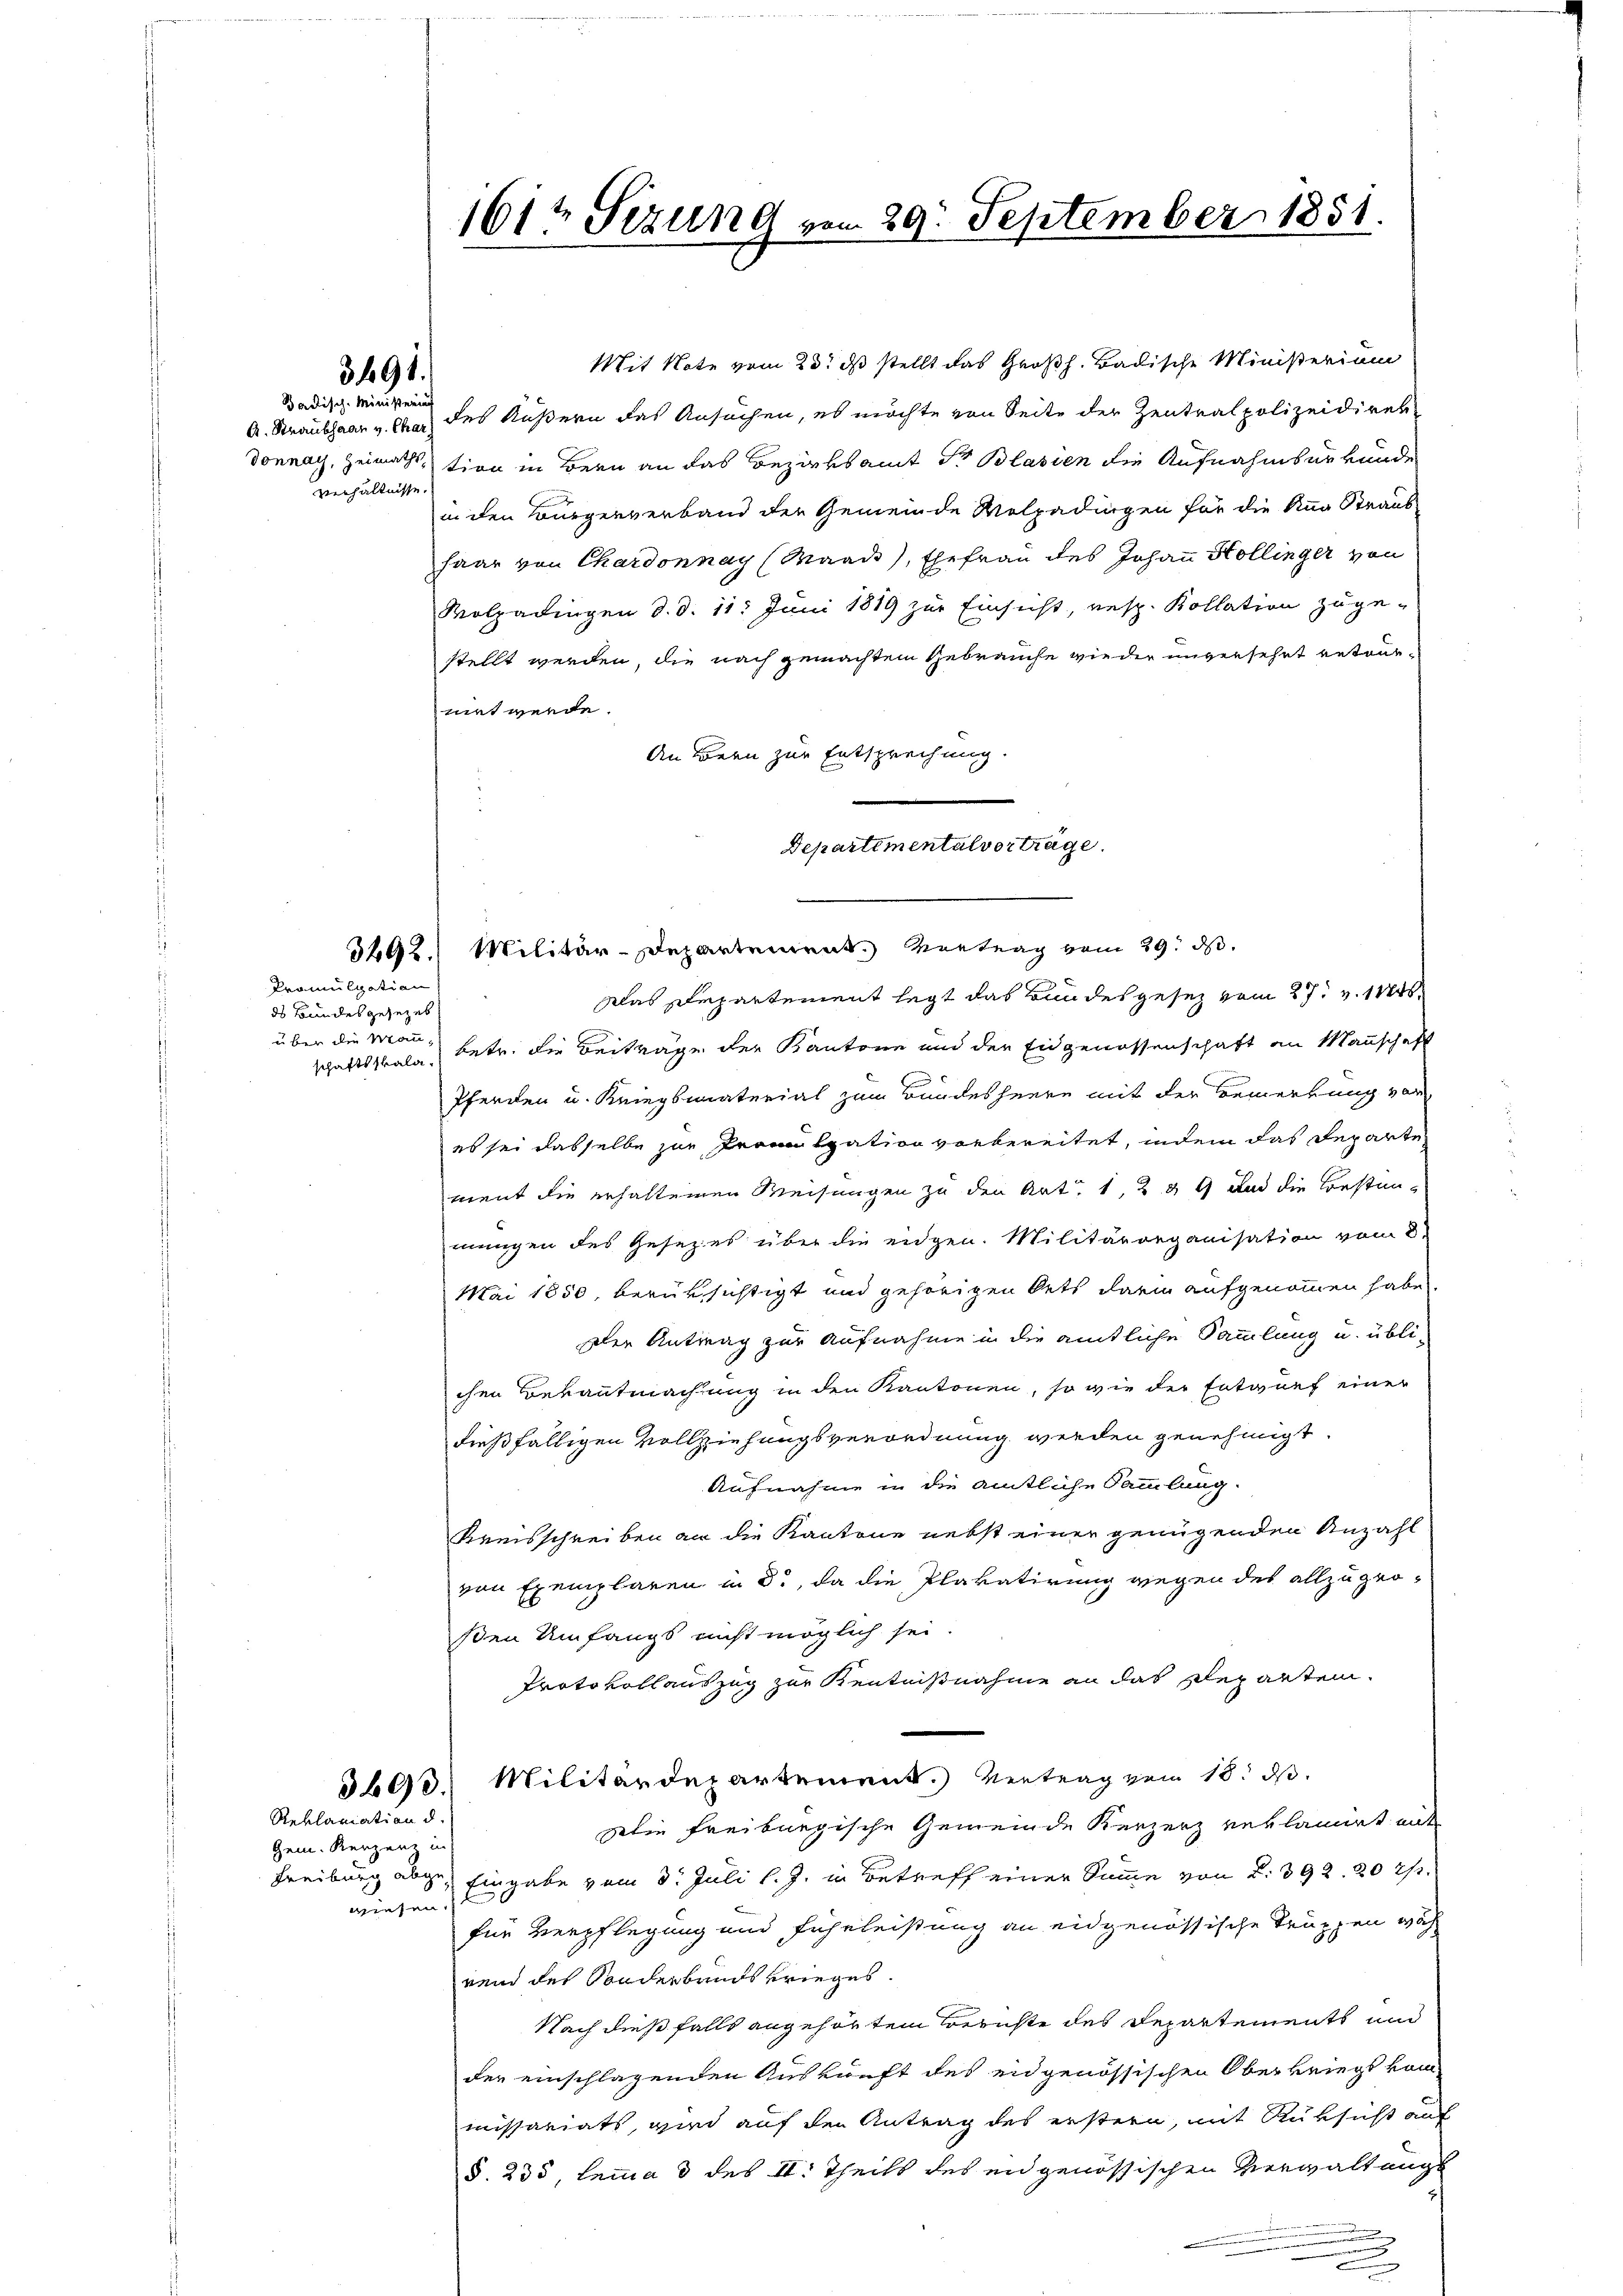
3491.

Badisch-Ministeria
verhältnisse.

Promulgation
ds Bundesgesezes
schaftsskala¬

Gem. Kenzenz in
wiesen.

Reklamation d.

161t Sizung vom 29. September 1851.

Mit Note vom 23. ds stellt das Großh. Badische Ministerium
A. Straubhaar v. Char des Äußern das Ansuchen, es möchte von Seite der Zentralpolizeidiret
Donnay, Heimaths, tion in Bern an das Bezirksamt Dr Blasien die Aufnahmsurkunde
in den Bürgerverband der Gemeinde Volpadingen für die Anna Straus
haar von Chardonnay (Waadt, Ehefrau des Johann Hollinger von
Wolgadingen d. d. 11. Juni 1819 zur Einsicht, resp. Kollation zuge-
stellt werden, die nach gemachtem Gebrauche wieder unversehet retournirt werde.
An Bern zur Entsprechung.
Departimentalverträge.

3292. Militär-Departement. Vertrag vom 29. ds.
klas Departement legt das Bundesgesez vom 27. v. 1820.
über die Mann, betr. die Beiträge der Kantone und der Eidgenossenschaft an Mannschaft
Pferden u. Kriegsmaterial zum Bundesheere mit der Bemerkung vor
es sei dasselbe zur Promulgation vorbereitet, indem das Reparte
ment die erhaltenen Weisungen zu den Art. 1, 2 § 9 und die Constanmungen des Gesezes über die eidgen. Militärorganisation vom 8
Mai 1850, berüksichtigt und gehörigen Oets darin aufgenommen habe.
Der Antrag zur Aufnahme in die amtliche Sammlung u. übli-
chen Bekanntmachung in den Kantonen, so wie der Entwurf einer
dießfälligen Vollziehungsverordnung werden genehmigt.
Aufnahme in die amtliche Sammlung.
Kreisschreiben an die Kantone nebst einer genügenden Anzahl
von Exemplaren in d., da die Plakatirung wegen des allzugroßen Umfangs nicht möglich sei.
Protokollauszug zur Kenntnißnahme an das Reparten.
3600. Militärdepartement. Vertrag vom 18. d.
Die Freiburgische Gemeinde Kerzerz reklamirt aus
Freiburg abge Eingabe vom 3. Juli l. J. in Betreff einer Summe von 2. 392. 20 Th
für Verpflegung und Fuhrleistung an eidgenössische Truppen wäh
rend des Sonderbands krieges.
Nach dießfalls angehörten Berichte des Departements und
der einschlagenden Auskunft des eidgenössischen Oberkriegskom-
missariats, wird auf den Antrag des erstern, mit Rüksicht auf
§. 235 lemma 3 des II. Theils des engenössischen Verwaltungs
.
n
.